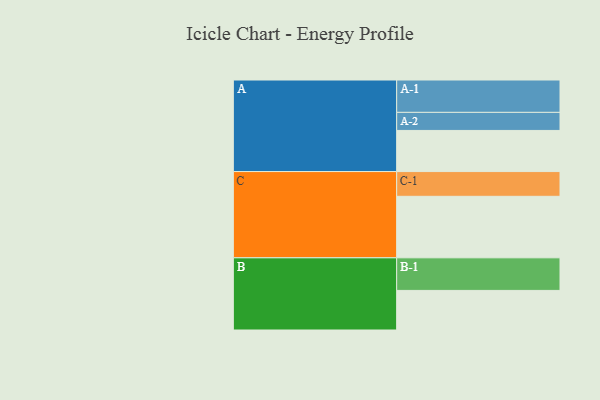
{"axis": {"x": "Segment", "y": "Value"}, "legend": ["", "A", "B", "C"], "data": [{"x": "A", "y": 371, "type": ""}, {"x": "B", "y": 357, "type": ""}, {"x": "C", "y": 555, "type": ""}, {"x": "A-1", "y": 292, "type": "A"}, {"x": "A-2", "y": 163, "type": "A"}, {"x": "B-1", "y": 294, "type": "B"}, {"x": "C-1", "y": 223, "type": "C"}]}